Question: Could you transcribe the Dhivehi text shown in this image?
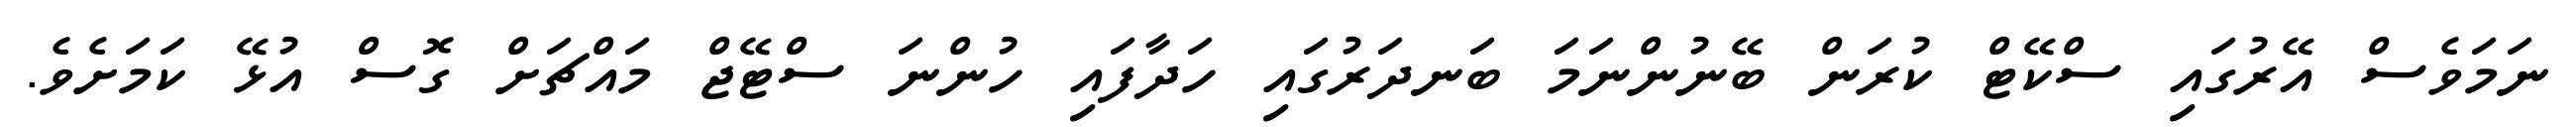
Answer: ނަމަވެސް އޭރުގައި ސްކޭޓް ކުރަން ބޭނުންނަމަ ބަނދަރުގައި ހަދާފައި ހުންނަ ސްޓޭޖް މައްޗަށް ގޮސް އުޅޭ ކަމަށެވެ.